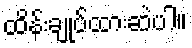
ထိန်းချုပ်ထားဆဲပါ။